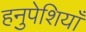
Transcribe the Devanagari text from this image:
हनुपेशियाँ